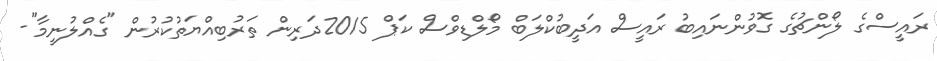
ރައީސްގެ ލޯންޗުގެ ގޮވުންނައިބު ރައީސް އަދީބުކްލަބް މޯލްޑިވްސް ކަޕް 2015ދަރިން ތަރުބިއްޔަތުކުރުން "ގެއްލުނީމާ"-